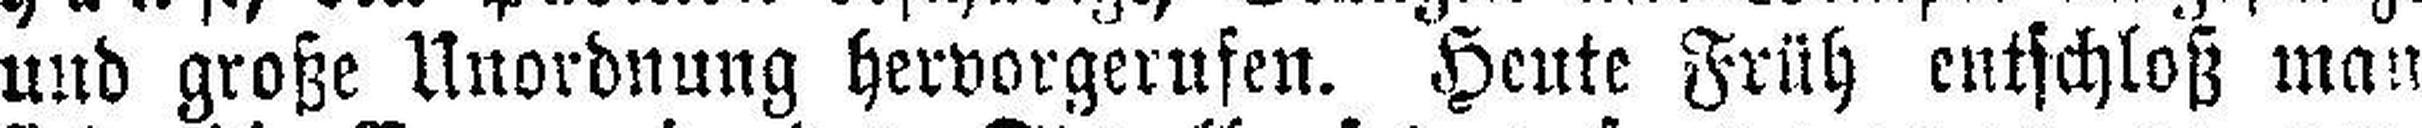
und große Unordnung hervorgerufen. Heute Früh entschloß man